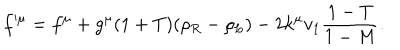
f ^ { \mu } = f ^ { \mu } + g ^ { \mu } ( 1 + T ) ( \rho _ { R } - \rho _ { L } ) - 2 k ^ { \mu } v _ { 1 } \frac { 1 - T } { 1 - M } .